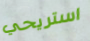
استريحي